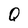
Character: Q